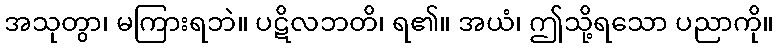
အသုတွာ၊ မကြားရဘဲ။ ပဋိလဘတိ၊ ရ၏။ အယံ၊ ဤသို့ရသော ပညာကို။